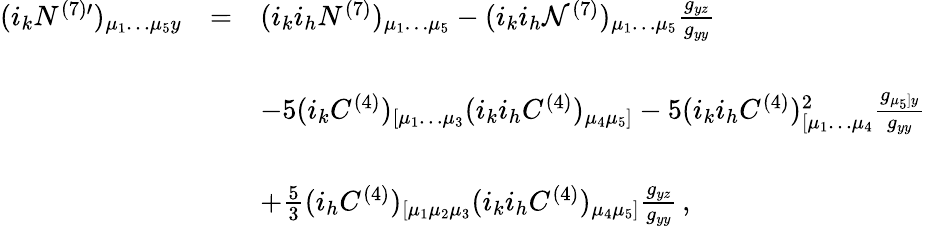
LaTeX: \begin{array}{rcl}{{(i_{k}N^{(7)\prime})_{\mu_{1}\dots\mu_{5}y}}}&{{=}}&{{(i_{k}i_{h}N^{(7)})_{\mu_{1}\dots\mu_{5}}-(i_{k}i_{h}{\cal N}^{(7)})_{\mu_{1}\dots\mu_{5}}\frac{g_{yz}}{g_{yy}}}}\\ {{}}&{{}}&{{}}\\ {{}}&{{}}&{{-5(i_{k}C^{(4)})_{[\mu_{1}\dots\mu_{3}}(i_{k}i_{h}C^{(4)})_{\mu_{4}\mu_{5}]}-5(i_{k}i_{h}C^{(4)})_{[\mu_{1}\dots\mu_{4}}^{2}\frac{g_{\mu_{5}]y}}{g_{yy}}}}\\ {{}}&{{}}&{{}}\\ {{}}&{{}}&{{+\frac 53(i_{h}C^{(4)})_{[\mu_{1}\mu_{2}\mu_{3}}(i_{k}i_{h}C^{(4)})_{\mu_{4}\mu_{5}]}\frac{g_{yz}}{g_{yy}}\, ,}}\end{array}